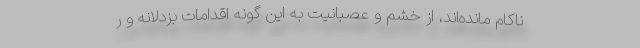
ناکام مانده‌اند، از خشم و عصبانیت به این گونه اقدامات بزدلانه و ر